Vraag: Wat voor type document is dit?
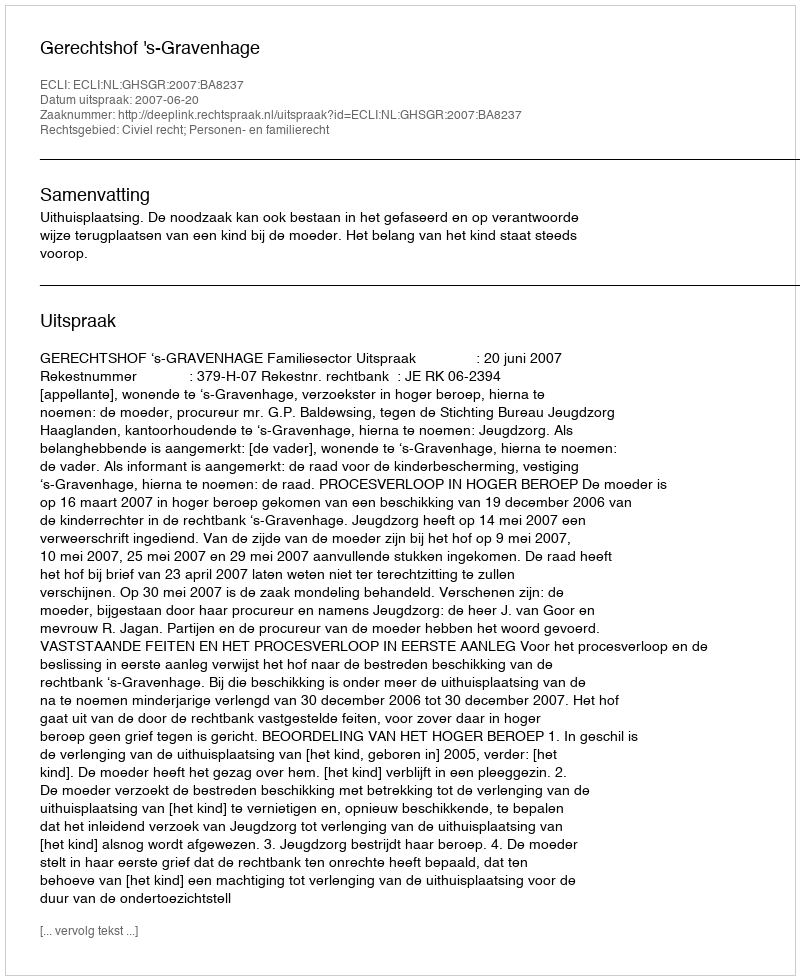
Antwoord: Uitspraak